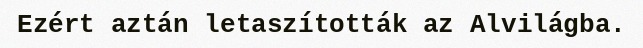
Ezért aztán letaszították az Alvilágba.